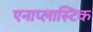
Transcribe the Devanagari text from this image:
एनाप्लास्टिक